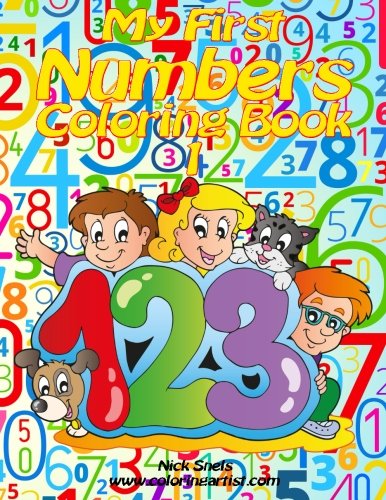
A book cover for My First Numbers Coloring Book 1 (Volume 1); Nick Snels; Parenting & Relationships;